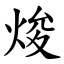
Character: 焌